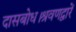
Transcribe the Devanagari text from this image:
दासबोध।श्रवणद्वारें